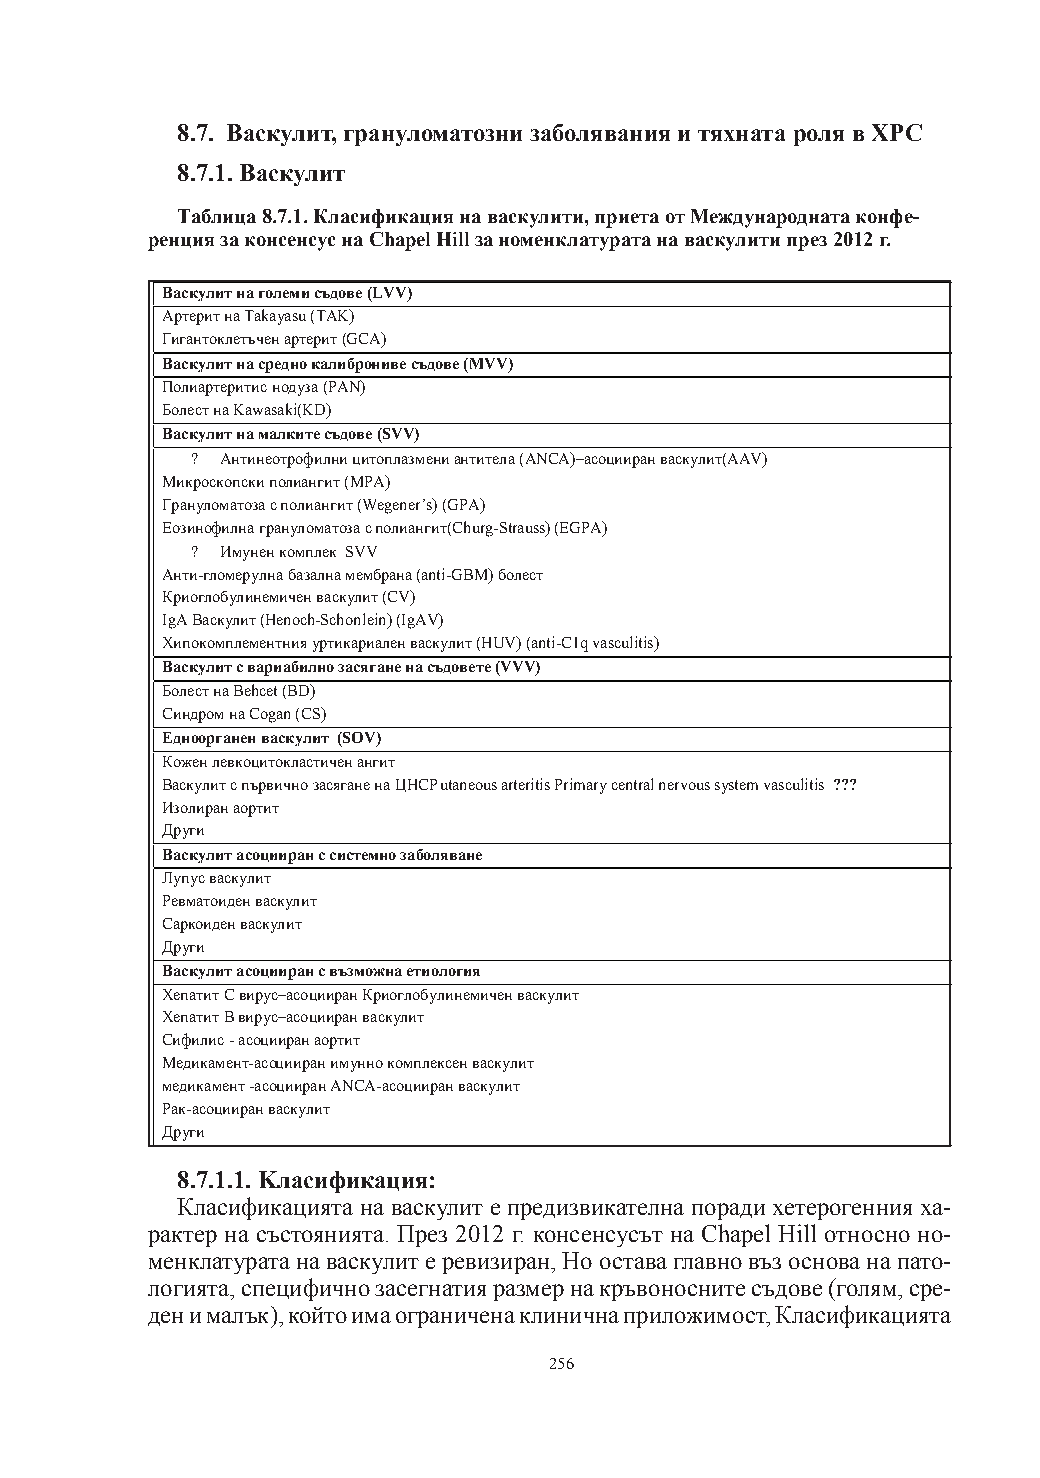
8.7. Васкулит, грануломатозни заболявания и тяхната роля в ХРС
 8.7.1. Васкулит
 Таблица 8.7.1. Класификация на васкулити, приета от Международната конфе-
 ренция за консенсус на Chapel Hill за номенклатурата на васкулити през 2012 г.
 Васкулитнаголемисъдове(LVV)
 АртеритнаTakayasu(TAK)
 Гигантоклетъченартерит(GCA)
 Васкулитнасреднокалибронивесъдове(MVV)
 Полиартеритис нодуза(PAN)
 БолестнаKawasaki(KD)
 Васкулитнамалкитесъдове(SVV)
 ? Антинеотрофилницитоплазмениантитела(ANCA)–асоцииранваскулит(AAV)
 Микроскопски полиангит(MPA)
 Грануломатозасполиангит(Wegener’s)(GPA)
 Еозинофилнагрануломатозасполиангит(Churg-Strauss)(EGPA)
 ? Имуненкомплек SVV
 Анти-гломерулнабазалнамембрана(anti-GBM)болест
 Криоглобулинемиченваскулит(CV)
 IgAВаскулит(Henoch-Schonlein)(IgAV)
 Хипокомплементнияуртикариаленваскулит(HUV)(anti-C1qvasculitis)
 Васкулитсвариабилнозасяганенасъдовете(VVV)
 БолестнаBehcet(BD)
 СиндромнаCogan(CS)
 Едноорганенваскулит (SOV)
 Коженлевкоцитокластиченангит
 ВаскулитспървичнозасяганенаЦНСCutaneousarteritisPrimarycentralnervoussystemvasculitis ???
 Изолиранаортит
 Други
 Васкулитасоцииранссистемнозаболяване
 Лупусваскулит
 Ревматоиденваскулит
 Саркоиденваскулит
 Други
 Васкулитасоциирансвъзможнаетиология
 ХепатитCвирус–асоцииранКриоглобулинемиченваскулит
 ХепатитBвирус–асоцииранваскулит
 Сифилис-асоцииранаортит
 Медикамент-асоцииранимуннокомплексенваскулит
 медикамент-асоцииранANCA-асоцииранваскулит
 Рак-асоцииранваскулит
 Други
 8.7.1.1. Kласификация:
 Класификацията на васкулит е предизвикателна поради хетерогенния ха-
 рактер на състоянията. През 2012 г. консенсусът на Chapel Hill относно но-
 менклатурата на васкулит е ревизиран, Но остава главно въз основа на пато-
 логията, специфично засегнатия размер на кръвоносните съдове (голям, сре-
 ден и малък), който има ограничена клинична приложимост, Класификацията
 256